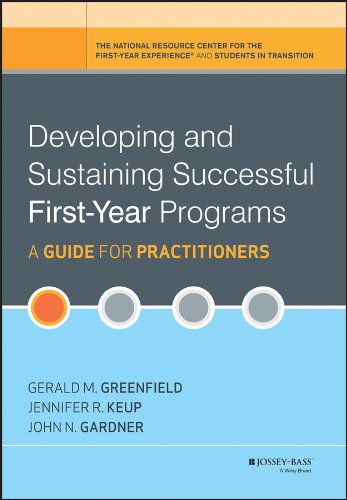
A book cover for Developing and Sustaining Successful First-Year Programs: A Guide for Practitioners; Gerald M. Greenfield; Education & Teaching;